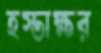
হস্তাক্ষর